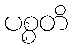
ပစ္စတိ